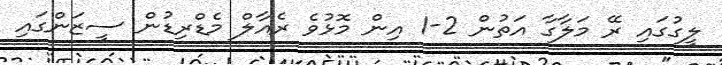
ލީގުގައި ރޭ މަލާގާ އަތުން 2-1 އިން މޮޅުވެ ރެއާލް މެޑްރިޑުން ސީޒަންގައި